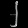
Digit: ၂